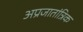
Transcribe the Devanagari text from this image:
अप्रजातांत्रिक